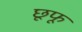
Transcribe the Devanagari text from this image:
छूफू